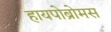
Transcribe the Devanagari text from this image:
हायपोब्रोमस